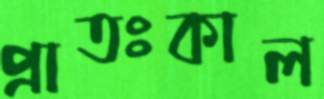
প্রাতঃকাল